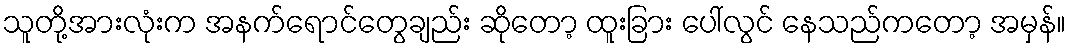
သူတို့အားလုံးက အနက်ရောင်တွေချည်း ဆိုတော့ ထူးခြား ပေါ်လွင် နေသည်ကတော့ အမှန်။